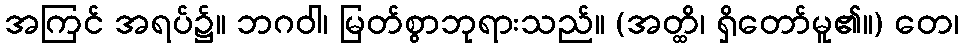
အကြင် အရပ်၌။ ဘဂဝါ၊ မြတ်စွာဘုရားသည်။ (အတ္ထိ၊ ရှိတော်မူ၏။) တေ၊